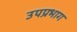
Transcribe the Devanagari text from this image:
उपप्रभाग